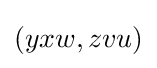
(yxw,zvu)